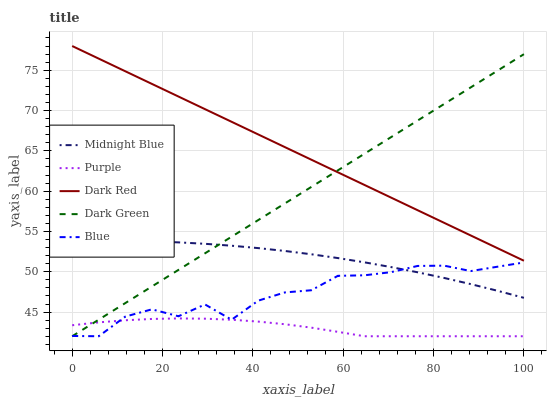
| xaxis_label | Midnight Blue | Purple | Dark Red | Dark Green | Blue |
 | --- | --- | --- | --- | --- | --- |
 | 0 | 53.8 | 43.4 | 78 | 42 | 42 |
 | 5.88 | 53.8 | 43.7 | 76.4 | 44.1 | 42 |
 | 11.8 | 53.8 | 44 | 74.9 | 46.1 | 44.4 |
 | 17.6 | 53.8 | 44.1 | 73.3 | 48.2 | 45.3 |
 | 23.5 | 53.6 | 44.2 | 71.7 | 50.2 | 44.5 |
 | 29.4 | 53.5 | 44.2 | 70.2 | 52.3 | 45.9 |
 | 35.3 | 53.2 | 44 | 68.6 | 54.3 | 44 |
 | 41.2 | 52.9 | 43.8 | 67 | 56.4 | 46.4 |
 | 47.1 | 52.6 | 43.5 | 65.5 | 58.5 | 47.4 |
 | 52.9 | 52.2 | 43.1 | 63.9 | 60.5 | 47.7 |
 | 58.8 | 51.7 | 42.5 | 62.3 | 62.6 | 49.5 |
 | 64.7 | 51.2 | 42 | 60.8 | 64.6 | 49.6 |
 | 70.6 | 50.6 | 42 | 59.2 | 66.7 | 49.9 |
 | 76.5 | 49.9 | 42 | 57.6 | 68.8 | 50.7 |
 | 82.4 | 49.2 | 42 | 56.1 | 70.8 | 50.8 |
 | 88.2 | 48.5 | 42 | 54.5 | 72.9 | 50.1 |
 | 94.1 | 47.6 | 42 | 52.9 | 74.9 | 50.6 |
 | 100 | 46.8 | 42 | 51.4 | 77 | 51.2 |